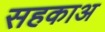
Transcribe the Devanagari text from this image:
सहकाअ